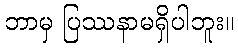
ဘာမှ ပြဿနာမရှိပါဘူး။